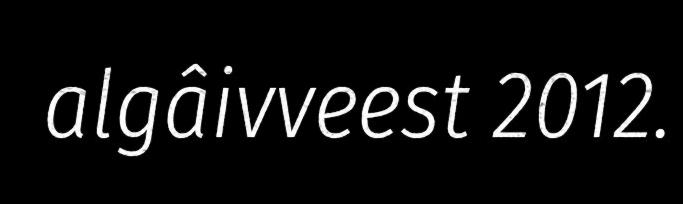
algâivveest 2012.